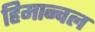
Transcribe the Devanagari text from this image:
हिमान्चल